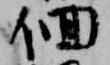
徊